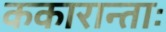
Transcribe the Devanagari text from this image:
ककारान्ताः